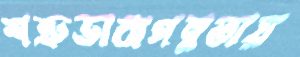
শত্রুভাবাপন্নতায়